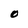
Character: O